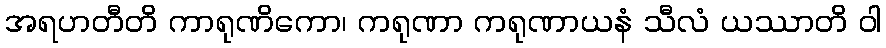
အရဟတီတိ ကာရုဏိကော၊ ကရုဏာ ကရုဏာယနံ သီလံ ယဿာတိ ဝါ